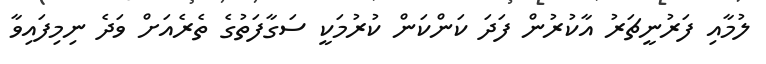
ލުމާއި ފަރުނީޗަރު އާކުރުން ފަދަ ކަންކަން ކުރުމަކީ ސަގާފަތުގެ ތެރެއަށް ވަދެ ނިމިފައިވާ